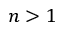
n > 1